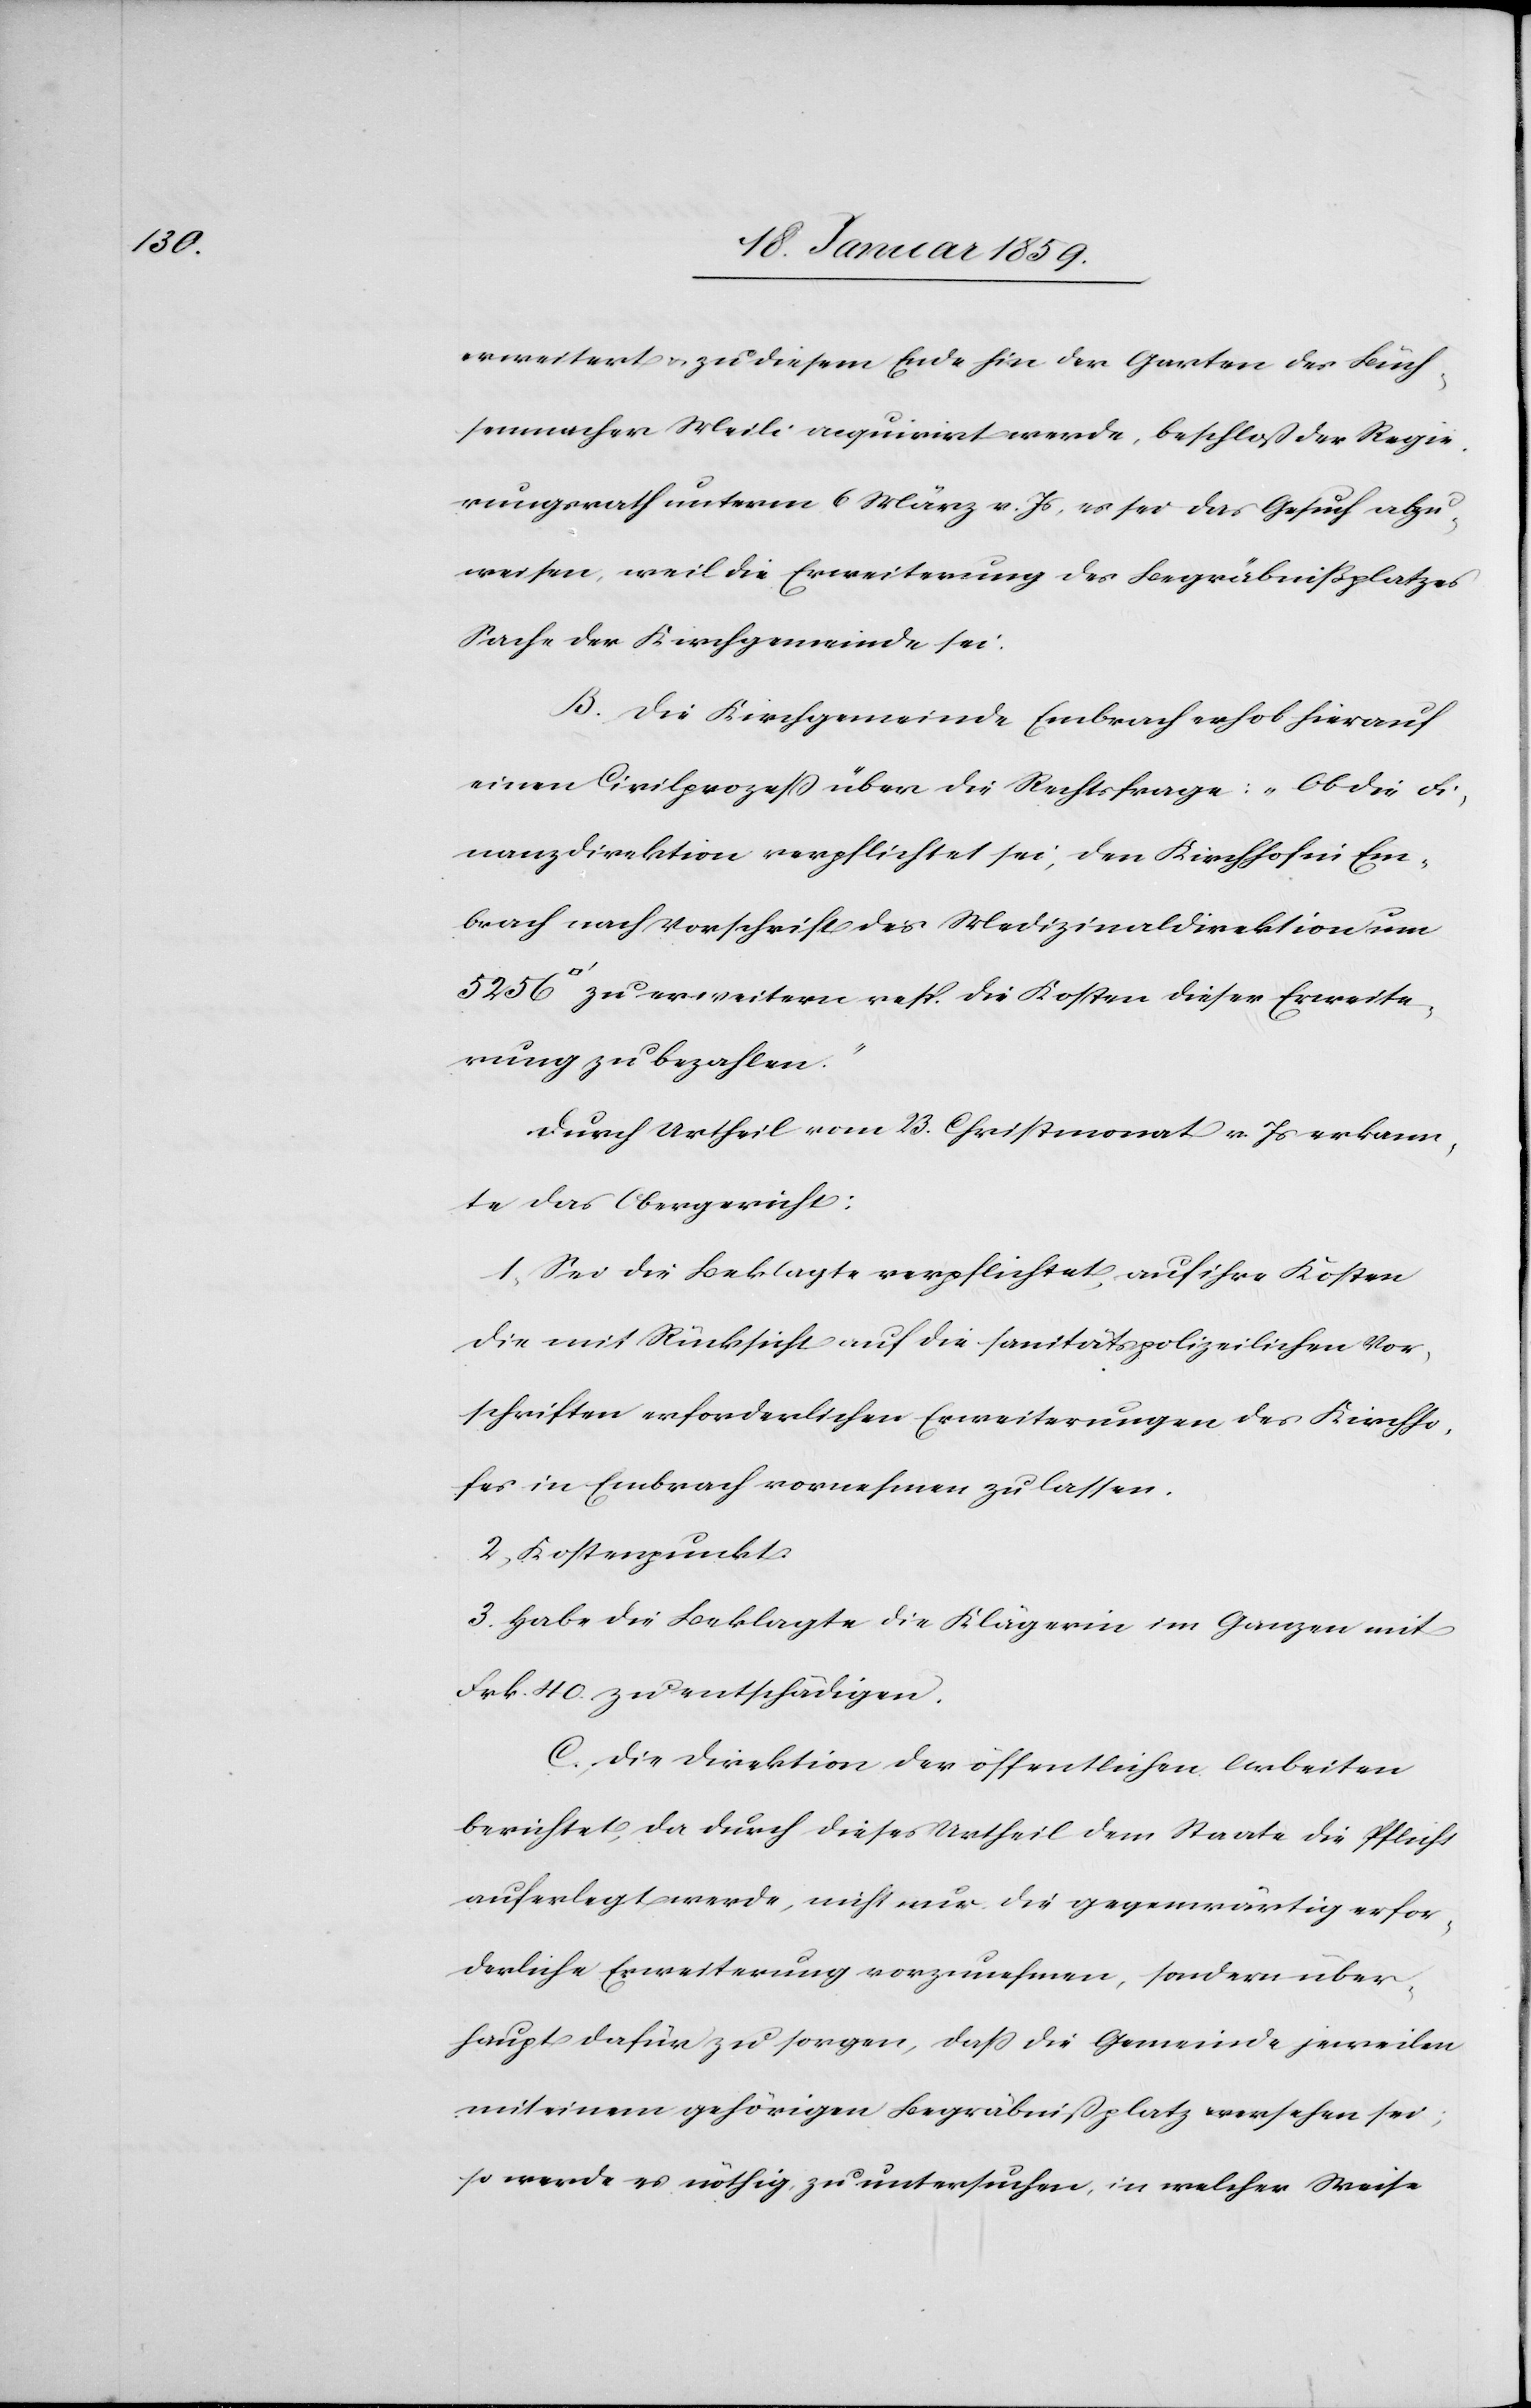
[Quadrat¬

erweitert u. zu diesem Ende hin der Garten des Büch¬
senmacher Meili acquirirt werde, beschloß der Regie¬
rungsrath unterm 6 März v. Js, es sei das Gesuch abzu¬
weisen, weil die Erweiterung des Begräbnißplatzes
Sache der Kirchgemeinde sei:
B. Die Kirchgemeinde Embrach erhob hierauf
einen Civilprozeß über die Rechtsfrage: „Ob die Fi¬
nanzdirektion verpflichtet sei, den Kirchhof in Em¬
brach nach Vorschrift des [sic!] Medizinaldirektion um
fuss] zu erweitern resp. die Kosten dieser Erweite¬
rung zu bezahlen."
Durch Urtheil vom 23. Christmonat v. Js. erkann¬
te das Obergericht
1. Sei die Beklagte verpflichtet, auf ihre Kosten
die mit Rücksicht auf die sanitätspolizeilichen Vor¬
schriften erforderlichen Erweiterungen des Kirchho¬
fes in Embrach vornehmen zu lassen.
2. Kostenpunkt.
3. Habe die Beklagte die Klägerin im Ganzen mit
Frk. 40. zu entschädigen.
C. Die Direktion der öffentlichen Arbeiten
berichtet, da durch dieses Urtheil dem Staate die Pflicht
auferlegt werde, nicht nur die gegenwärtig erfor¬
derliche Erweiterung vorzunehmen, sondern über¬
haupt dafür zu sorgen, daß die Gemeinde jeweilen
mit einem gehörigen Begräbnißplatz versehen sei;
so werde es nöthig zu untersuchen, in welcher Weise